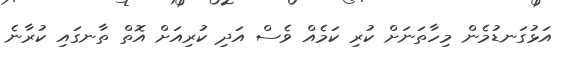
އަޅުގަނޑުމެން މިހާތަނަށް ކުރި ކަމެއް ވެސް އަދި ކުރިއަށް އޮތް ތާނގައި ކުރާނެ